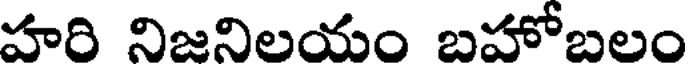
హది నిజనిలయం బహోబలం